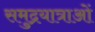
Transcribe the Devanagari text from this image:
समुद्रयात्राओं